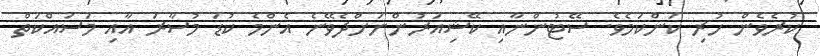
ކުރެވެން ހުރި ކަންކަމެވެ. ސޭޓުންނާއި ކޭޝިއަރުންނަށްދެވޭނެ އެންމެ ކުޑަ މުސާރަ އާއި މަސައްކަތް